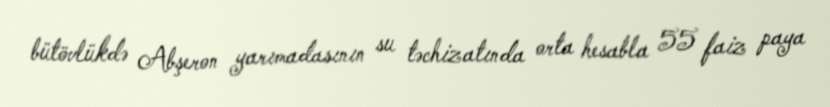
bütövlükdə Abşeron yarımadasının su təchizatında orta hesabla 55 faiz paya